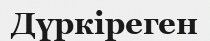
Дүркіреген